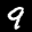
Label: 9